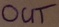
Text: OUT